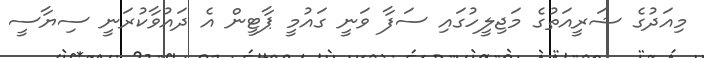
މިއަދުގެ ޝަރީއަތުގެ މަޖިލީހުގައި ސަފާ ވަނީ ގައުމީ ޕާޓީން އެ ދައުވާކުރަނީ ސިޔާސީ